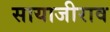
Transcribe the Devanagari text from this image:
सायाजीराव